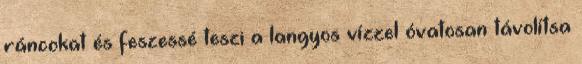
ráncokat és feszessé teszi a langyos vízzel óvatosan távolítsa